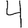
Digit: 4